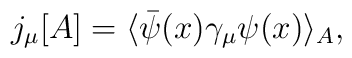
j_{\mu}[A] =\langle \bar\psi(x)\gamma_{\mu}\psi(x)\rangle_A,